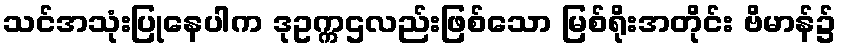
သင်အသုံးပြုနေပါက ဒုဥက္ကဌလည်းဖြစ်သော မြစ်ရိုးအတိုင်း ဗိမာန်၌